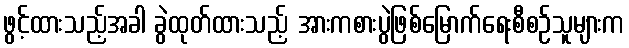
ဖွင့်ထားသည့်အခါ ခွဲထုတ်ထားသည့် အားကစားပွဲဖြစ်မြောက်ရေးစီစဉ်သူများက